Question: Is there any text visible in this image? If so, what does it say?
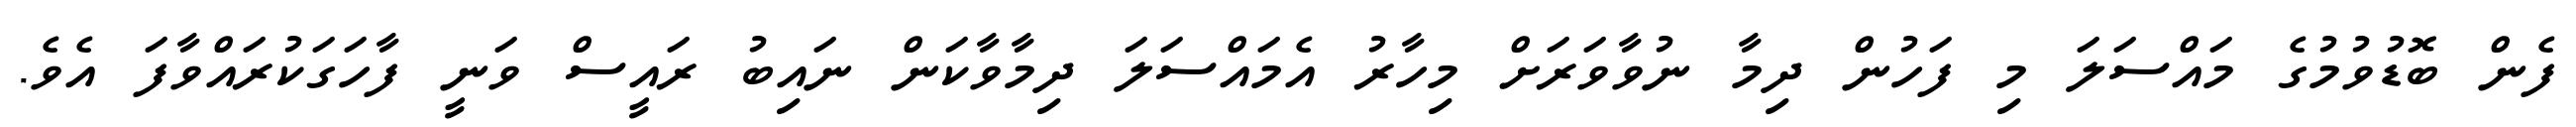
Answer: ފެން ބޮޑުވުމުގެ މައްސަލަ މި ފަހުން ދިމާ ނުވާވަރަށް މިހާރު އެމައްސަލަ ދިމާވާކަން ނައިބު ރައީސް ވަނީ ފާހަގަކުރައްވާފަ އެވެ.